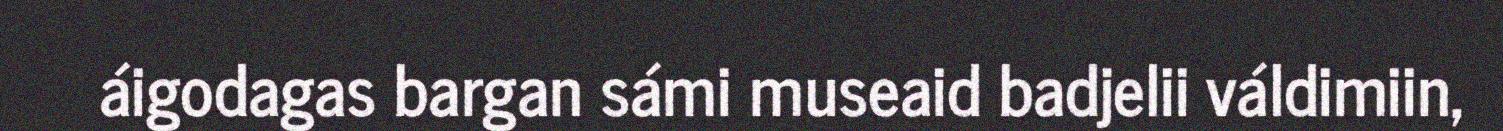
áigodagas bargan sámi museaid badjelii váldimiin,